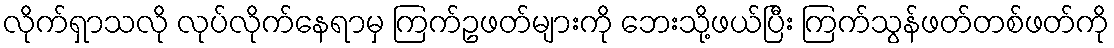
လိုက်ရှာသလို လုပ်လိုက်နေရာမှ ကြက်ဥဖတ်များကို ဘေးသို့ဖယ်ပြီး ကြက်သွန်ဖတ်တစ်ဖတ်ကို